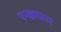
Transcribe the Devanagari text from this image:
एनक्वाय्ररर